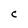
Character: C